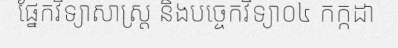
ផ្នែកវិទ្យាសាស្ត្រ និងបច្ចេកវិទ្យា០៤ កក្កដា